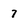
Character: 7